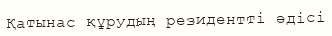
Қатынас құрудың резидентті әдісі